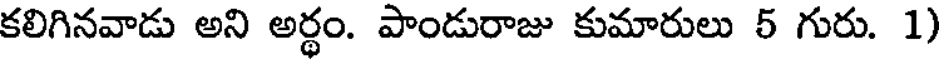
కలిగినవాడు అని అర్థం. పాండురాజు కుమారులు 5 గురు. 1)